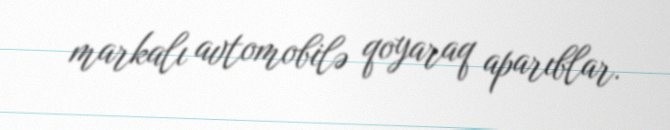
markalı avtomobilə qoyaraq aparıblar.